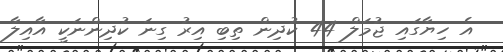
އެ ހިޔާގައި ޖުމަލް 44 ކުދިން ތިބި އިރު ގިނަ ކުދިންނަކީ އާއިލާ